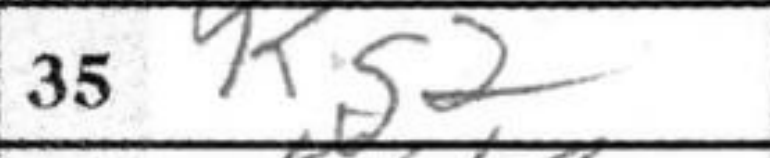
Transcription: Kg2